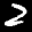
Label: 2